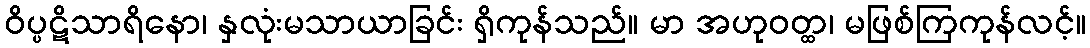
ဝိပ္ပဋိသာရိနော၊ နှလုံးမသာယာခြင်း ရှိကုန်သည်။ မာ အဟုဝတ္ထ၊ မဖြစ်ကြကုန်လင့်။